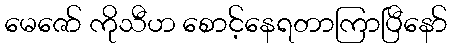
မေဇော် ကိုသီဟ စောင့်နေရတာကြာပြီနော်